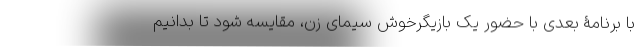
با برنامۀ بعدی با حضور یک بازیگرخوش سیمای زن، مقایسه شود تا بدانیم